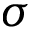
\sigma